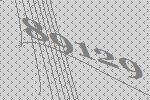
89129